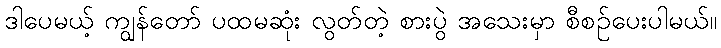
ဒါပေမယ့် ကျွန်တော် ပထမဆုံး လွတ်တဲ့ စားပွဲ အသေးမှာ စီစဉ်ပေးပါမယ်။